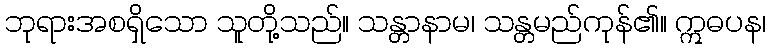
ဘုရားအစရှိသော သူတို့သည်။ သန္တာနာမ၊ သန္တမည်ကုန်၏။ ဣဓပန၊